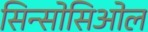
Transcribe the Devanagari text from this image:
सिन्सोसिओल